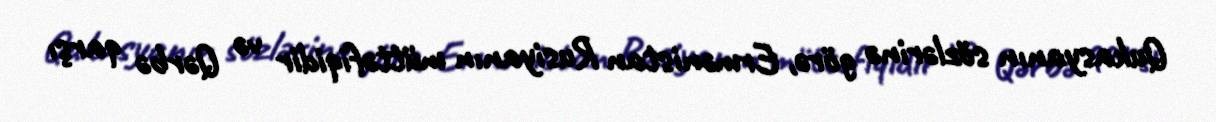
Qukasyanın sözlərinə görə, Ermənistan Rusiyanın müttəfiqidir və Qərbə qarşı